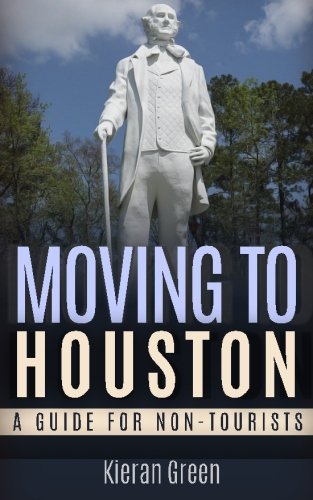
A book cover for Moving to Houston: A Guide for Non-Tourists (Guides for Non-Tourists) (Volume 5); Kieran Green; Travel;